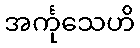
အင်္ကုသေဟိ